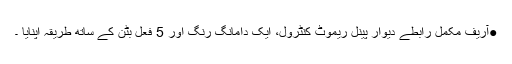
●آریف مکمل رابطے دیوار پینل ریموٹ کنٹرول، ایک دامانگ رنگ اور 5 فعل بٹن کے ساتھ طریقہ اپنایا ۔